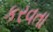
કરવતા